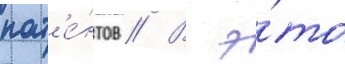
пат'е́нтов // В э́то